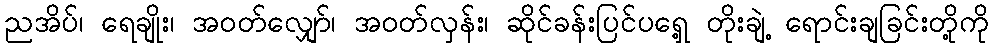
ညအိပ်၊ ရေချိုး၊ အဝတ်လျှော်၊ အဝတ်လှန်း၊ ဆိုင်ခန်းပြင်ပရှေ့ တိုးချဲ့ ရောင်းချခြင်းတို့ကို